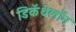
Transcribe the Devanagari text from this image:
डिकॅथेलॉन